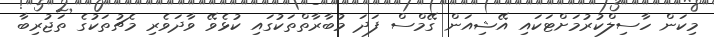
މިކަން ހާސިލްކުރުމަށްޓަކައި އޭޝިއަން ގޭމްސް ފަދަ މުބާރާތްތަކުގައި ކުޅެވޭ ވާދަވެރި މެޗުތަކުގެ ތަޖުރިބާ